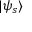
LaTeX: | \psi _ { s } \rangle